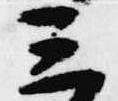
三